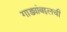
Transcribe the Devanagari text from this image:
गाड्यांबद्दलची